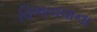
વિભાવવાના